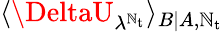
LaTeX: \langle\DeltaU_{\lambda^{\mathbb{N}_{\mathrm{{t}}}}}\rangle_{B|A,\mathbb{N}_{\mathrm{{t}}}}